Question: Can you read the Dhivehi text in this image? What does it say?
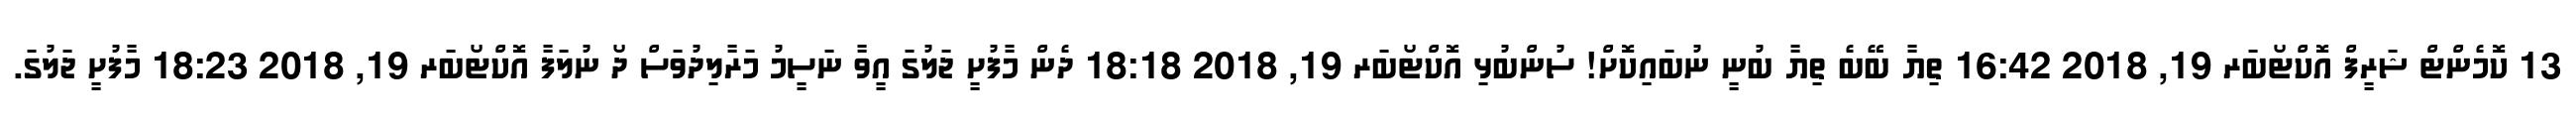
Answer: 13 ކޮމެންޓް ޝަރީފް އޮކްޓޯބަރ 19, 2018 16:42 ތިޔާ ބޭބެ ތިޔާ ބުނީ ނުބައިކޮށް! ސުންބުޅި އޮކްޓޯބަރ 19, 2018 18:18 ދެން މާފުށީ ޖަލުގަ އީވާ ނަސީމު މަރާލިދުވަސް ދޯ ނުލަފާ އޮކްޓޯބަރ 19, 2018 18:23 މާފުށީ ޖަލުގަ.